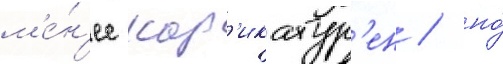
м'е́н'ее кар'икатур'ен / но́